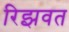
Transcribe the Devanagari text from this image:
रिझवत